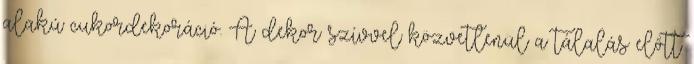
alakú cukordekoráció. A dekor szívvel közvetlenül a tálalás előtt